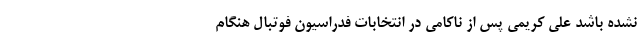
نشده باشد علی کریمی پس از ناکامی در انتخابات فدراسیون فوتبال هنگام